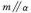
m\parallel \alpha